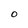
Character: O